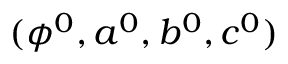
( \phi ^ { 0 } , a ^ { 0 } , b ^ { 0 } , c ^ { 0 } )